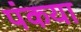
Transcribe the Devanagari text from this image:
पंकया